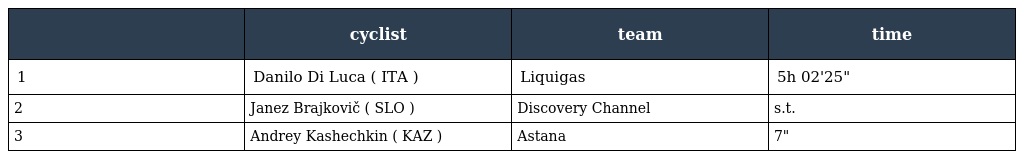
|  | cyclist | team | time |
 | --- | --- | --- | --- |
 | 1 | Danilo Di Luca ( ITA ) | Liquigas | 5h 02'25" |
 | 2 | Janez Brajkovič ( SLO ) | Discovery Channel | s.t. |
 | 3 | Andrey Kashechkin ( KAZ ) | Astana | 7" |